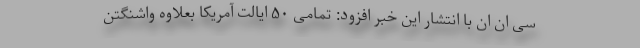
سی ان ان با انتشار این خبر افزود: تمامی ۵۰ ایالت آمریکا بعلاوه واشنگتن